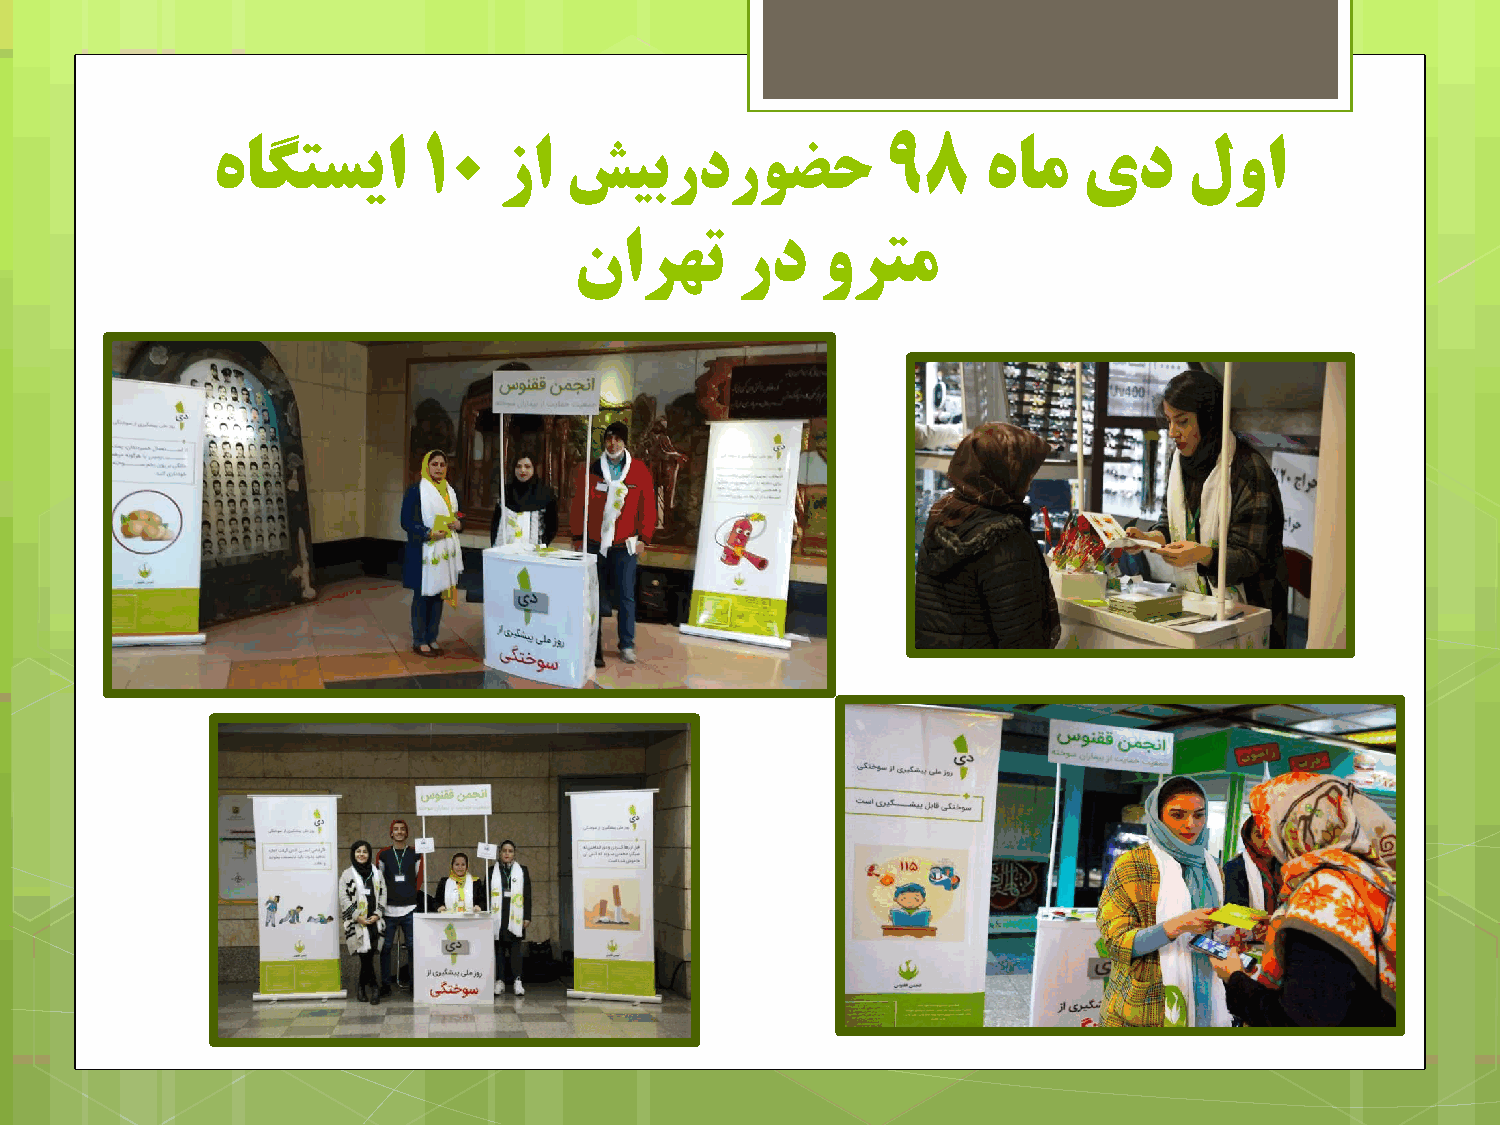
ٌاگتسیا       10   سا  صیبردرًضح             98    ٌام    ید     ليا
 نازُت      رد   يزتم